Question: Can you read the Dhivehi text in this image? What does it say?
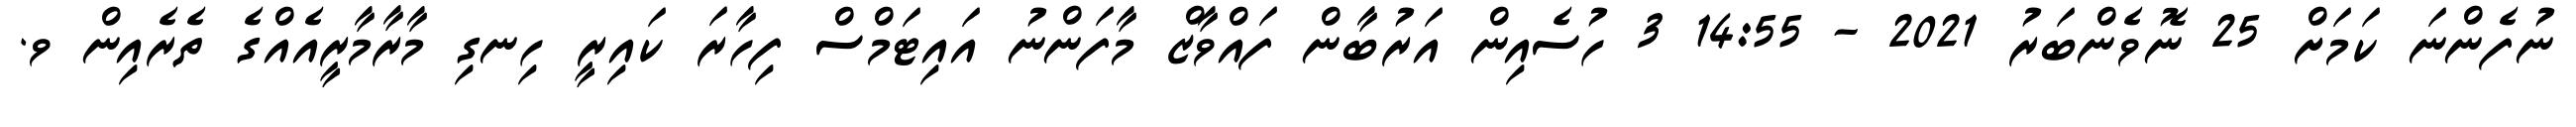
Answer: ނުފެންނަ ކަމަށް 25 ނޮވެންބަރު 2021 - 14:55 3 ހުސެއިން އަރުބާން ފައްވާޒް މާފަންނު އައިޓަމްސް ފިހާރަ ކައިރީ ހިނގި މާރާމާރީއެއްގެ ތެރެއިން ވ.